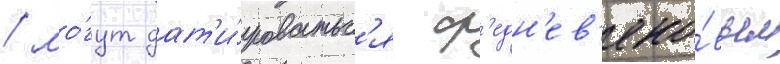
/ мо́гут дат'и́роватьс'я ср'едн'ев'еко́вьем